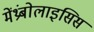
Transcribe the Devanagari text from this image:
मेंथ्रंबोलाइसिस